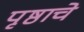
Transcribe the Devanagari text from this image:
पृष्ठाचे